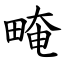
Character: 㽢